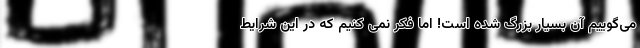
می‌گوییم آن بسیار بزرگ شده است! اما فکر نمی کنیم که در این شرایط